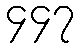
၄၄၇